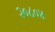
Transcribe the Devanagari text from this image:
२०८०४